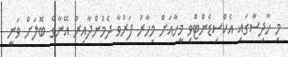
މި ހާދިސާގައި އެކްސިޑެންޓްވި މީހާއަށް މިހާރު ފަރުވާ ދެމުންދާއިރު އޭނާގެ ބޮލަށް ވަނީ